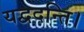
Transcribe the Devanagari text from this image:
यद्वदन्ति।